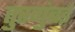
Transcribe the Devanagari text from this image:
तुरगुंबई